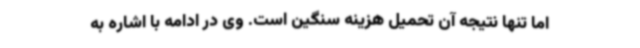
اما تنها نتیجه آن تحمیل هزینه سنگین است. وی در ادامه با اشاره به